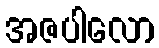
အဇပါလော